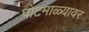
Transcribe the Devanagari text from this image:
पोटमाळ्यावर